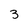
Character: 3